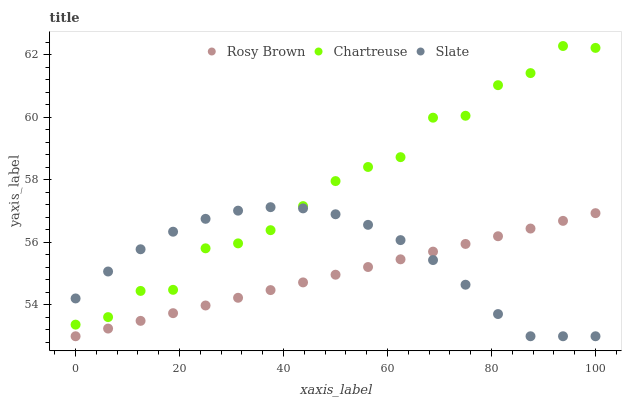
| xaxis_label | Rosy Brown | Chartreuse | Slate |
 | --- | --- | --- | --- |
 | 0 | 53 | 53.4 | 54.2 |
 | 6.25 | 53.2 | 53.6 | 55.1 |
 | 12.5 | 53.5 | 54.4 | 55.8 |
 | 18.8 | 53.7 | 54.5 | 56.3 |
 | 25 | 54 | 55.8 | 56.8 |
 | 31.2 | 54.2 | 56 | 57 |
 | 37.5 | 54.5 | 56.4 | 57.1 |
 | 43.8 | 54.7 | 57.2 | 57.1 |
 | 50 | 55 | 58 | 56.9 |
 | 56.2 | 55.2 | 58.4 | 56.6 |
 | 62.5 | 55.5 | 58.7 | 56.1 |
 | 68.8 | 55.7 | 60 | 55.4 |
 | 75 | 56 | 60.1 | 54.6 |
 | 81.2 | 56.2 | 61 | 53.7 |
 | 87.5 | 56.4 | 61.4 | 53 |
 | 93.8 | 56.7 | 62.3 | 53 |
 | 100 | 56.9 | 62.2 | 53 |